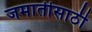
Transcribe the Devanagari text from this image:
जमातीसाठी